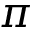
\pi